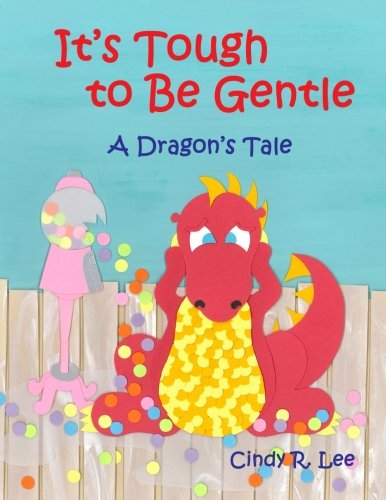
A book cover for It's Tough to Be Gentle: A Dragon's Tale; Cindy R Lee; Parenting & Relationships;